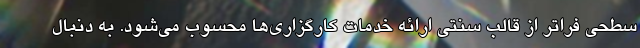
سطحی فراتر از قالب سنتی ارائه خدمات کارگزاری‌ها محسوب می‌شود. به دنبال